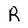
Character: R